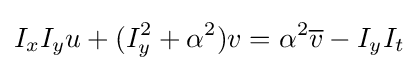
I_{x}I_{y}u+(I_{y}^{2}+\alpha ^{2})v=\alpha ^{2}{\overline {v}}-I_{y}I_{t}